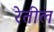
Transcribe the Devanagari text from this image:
रेतील